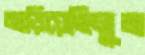
মাড়িয়েছিলুম